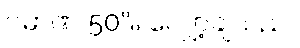
ပမာဏ 50% လျှော့ချသည်။